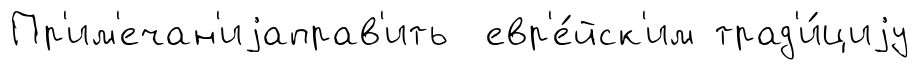
Пр'им'ечан'иjаправ'ить евр'е́йск'им трад'и́циjу